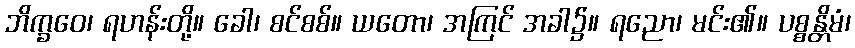
ဘိက္ခဝေ၊ ရဟန်းတို့။ ခေါ၊ စင်စစ်။ ယတော၊ အကြင် အခါ၌။ ရညော၊ မင်း၏။ ပစ္စန္တိမံ၊